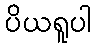
ပိယရူပါ